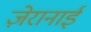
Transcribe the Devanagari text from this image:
ज़ेरानाई